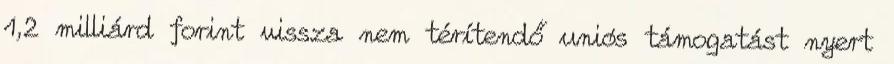
1,2 milliárd forint vissza nem térítendő uniós támogatást nyert